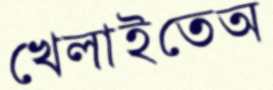
খেলাইতেঅ